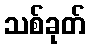
သစ်ခုတ်